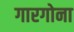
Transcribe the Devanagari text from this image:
गारगोना